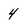
Character: 4